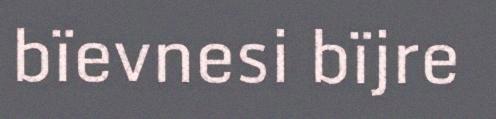
bïevnesi bïjre